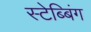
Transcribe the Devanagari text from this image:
स्टेब्बिंग